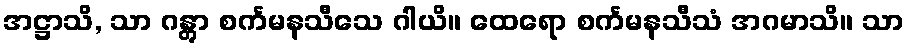
အဋ္ဌာသိ, သာ ဂန္တွာ စင်္ကမနသီသေ ဂါယိ။ ထေရော စင်္ကမနသီသံ အဂမာသိ။ သာ